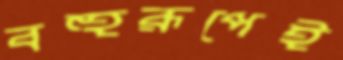
বহুরূপেই